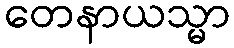
တေနာယသ္မာ